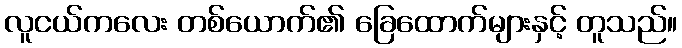
လူငယ်ကလေး တစ်ယောက်၏ ခြေထောက်များနှင့် တူသည်။